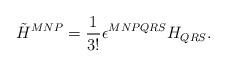
LaTeX: \begin{align*}{\tilde H}^{MNP}=\frac{1}{3!}\epsilon^{MNPQRS}H_{QRS}.\end{align*}